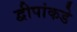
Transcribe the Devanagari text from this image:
द्वीपांकडे